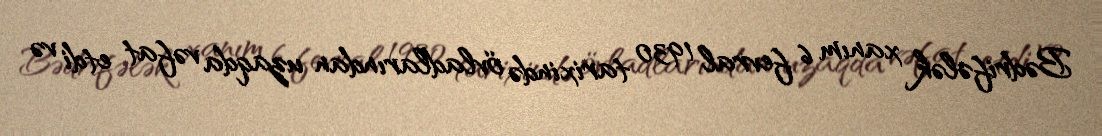
Bədrifələk xanım 6 fevral 1930 tarixində övladlarından uzaqda vəfat etdi və